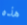
هذه